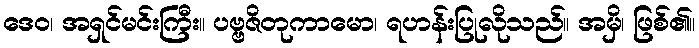
ဒေဝ၊ အရှင်မင်းကြီး။ ပဗ္ဗဇိတုကာမော၊ ရဟန်းပြုလိုသည်။ အမှိ၊ ဖြစ်၏။